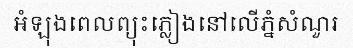
អំឡុងពេលព្យុះភ្លៀងនៅលើភ្នំសំណួរ